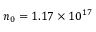
n _ { 0 } = 1 . 1 7 \times 1 0 ^ { 1 7 }